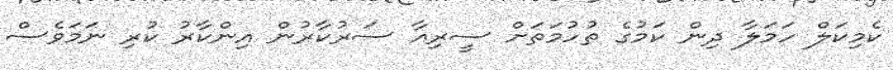
ކެމިކަލް ހަމަލާ ދިިން ކަމުގެ ތުހުމަތަށް ސީރިއާ ސަރުކާރުން އިންކާރު ކުރި ނަމަވެސް